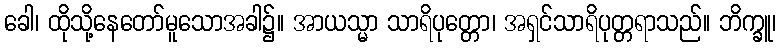
ခေါ၊ ထိုသို့နေတော်မူသောအခါ၌။ အာယသ္မာ သာရိပုတ္တော၊ အရှင်သာရိပုတ္တရာသည်။ ဘိက္ခူ၊